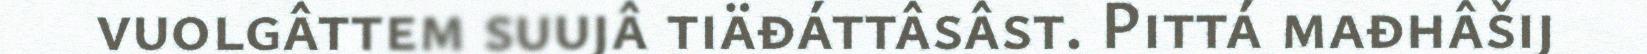
vuolgâttem suujâ tiäđáttâsâst. Pittá mađhâšij